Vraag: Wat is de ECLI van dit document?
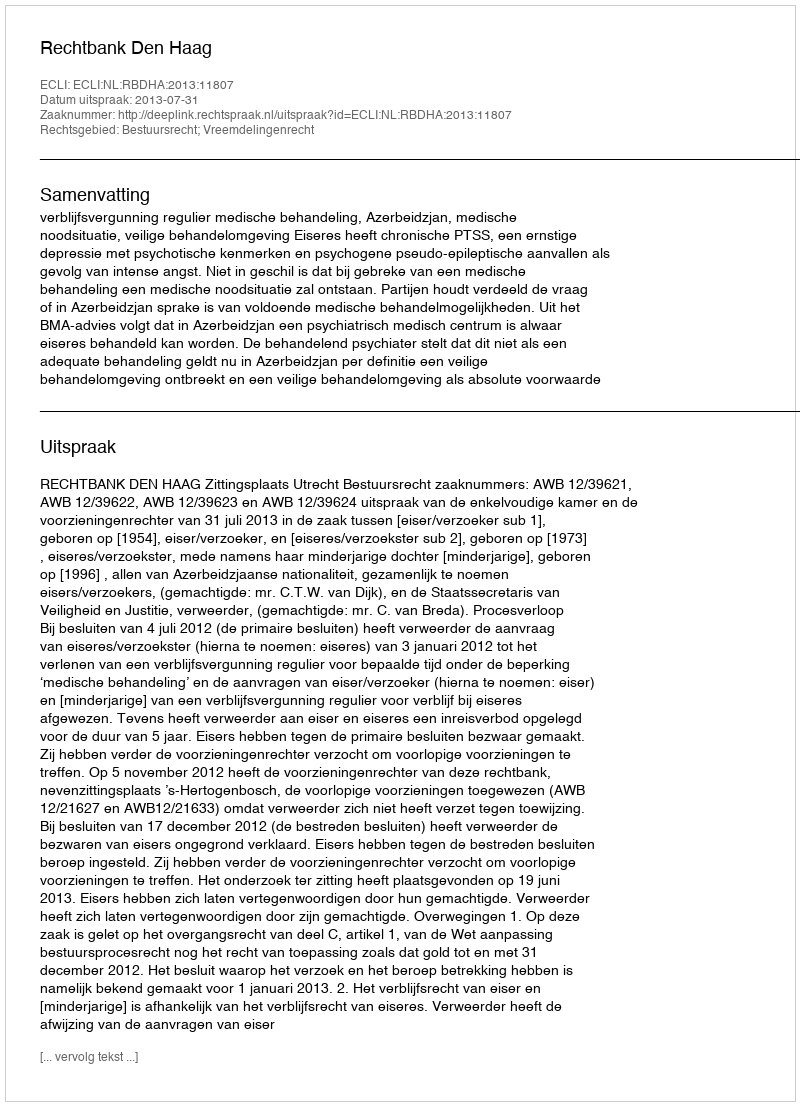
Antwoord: ECLI:NL:RBDHA:2013:11807